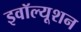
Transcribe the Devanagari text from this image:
इवॉल्यूशन